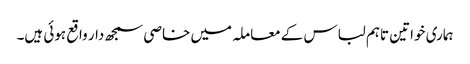
ہماری خواتین تاہم لباس کے معاملہ میں خاصی سمجھ دار واقع ہوئی ہیں۔